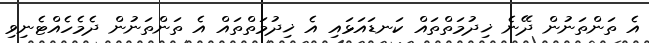
އެ ތަންތަނުން ދޭނެ ޚިދުމަތްތައް ކަނޑައަޅައި އެ ޚިދުމަތްތައް އެ ތަންތަނުން ދެމެހެއްޓެނިވި